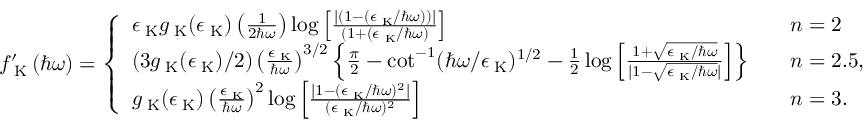
f _ { \mathrm { \tiny ~ K } } ^ { \prime } \left( \hbar \omega \right) = \left\{ \begin{array} { l l } { \epsilon _ { \mathrm { \tiny ~ K } } g _ { \mathrm { \tiny ~ K } } ( \epsilon _ { \mathrm { \tiny ~ K } } ) \left( \frac { 1 } { 2 \hbar \omega } \right) \log \left[ \frac { \vert ( 1 - ( \epsilon _ { \mathrm { \tiny ~ K } } / \hbar \omega ) ) \vert } { ( 1 + ( \epsilon _ { \mathrm { \tiny ~ K } } / \hbar \omega ) } \right] } & { \quad n = 2 } \\ { ( 3 g _ { \mathrm { \tiny ~ K } } ( \epsilon _ { \mathrm { \tiny ~ K } } ) / 2 ) \left( \frac { \epsilon _ { \mathrm { \tiny ~ K } } } { \hbar \omega } \right) ^ { 3 / 2 } \left\{ \frac { \pi } { 2 } - \cot ^ { - 1 } ( \hbar \omega / \epsilon _ { \mathrm { \tiny ~ K } } ) ^ { 1 / 2 } - \frac { 1 } { 2 } \log \left[ \frac { 1 + \sqrt { \epsilon _ { \mathrm { \tiny ~ K } } / \hbar \omega } } { \vert 1 - \sqrt { \epsilon _ { \mathrm { \tiny ~ K } } / \hbar \omega } \vert } \right] \right\} } & { \quad n = 2 . 5 , } \\ { g _ { \mathrm { \tiny ~ K } } ( \epsilon _ { \mathrm { \tiny ~ K } } ) \left( \frac { \epsilon _ { \mathrm { \tiny ~ K } } } { \hbar \omega } \right) ^ { 2 } \log \left[ \frac { \vert 1 - ( \epsilon _ { \mathrm { \tiny ~ K } } / \hbar \omega ) ^ { 2 } \vert } { ( \epsilon _ { \mathrm { \tiny ~ K } } / \hbar \omega ) ^ { 2 } } \right] } & { \quad n = 3 . } \end{array} \right.